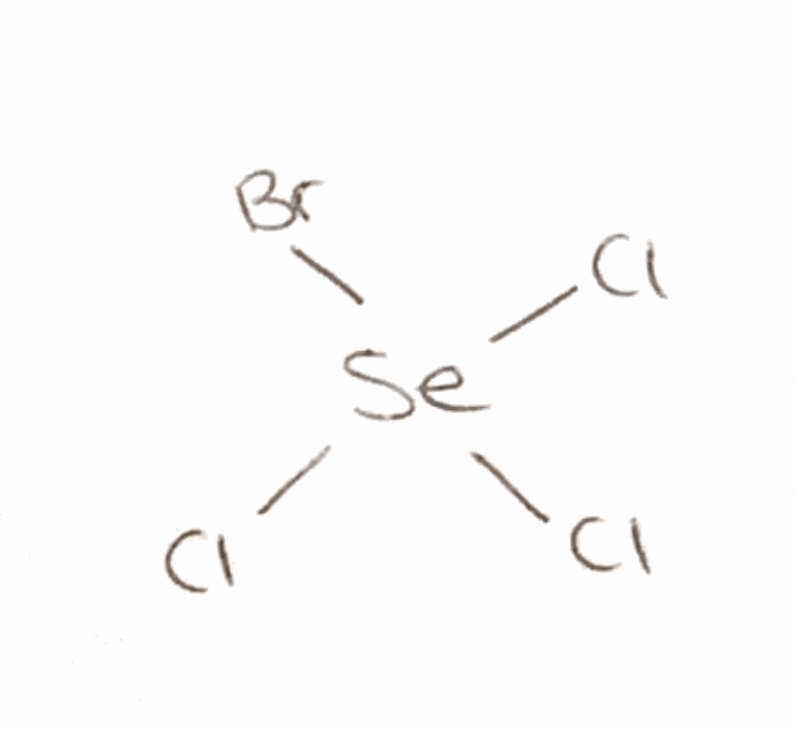
Simplified molecular-input line-entry system (SMILES) notation of the given molecule:
Cl[Se](Cl)(Cl)Br